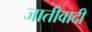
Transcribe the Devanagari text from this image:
जातीवादी